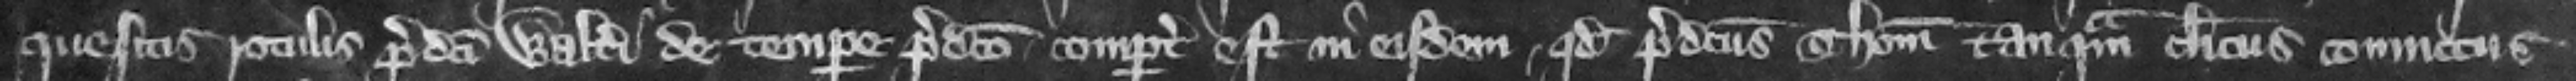
quesitis rotulis predicti Walteri de tempore predicto compertum est in eisdem quod predicts Thomas tanquam clericus conuictus